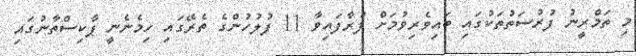
މި ތަމްރީނު ފުރުސަތުތަކުގައި ބައިވެރިވުމަށް ފުރާފައިވާ 11 ފުލުހުންގެ ތެރޭގައި ހިމެނެނީ ޕާކިސްތާނުގައި